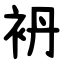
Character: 袇